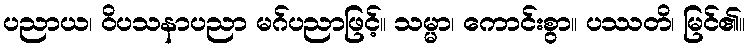
ပညာယ၊ ဝိပသနာပညာ မဂ်ပညာဖြင့်။ သမ္မာ၊ ကောင်းစွာ။ ပဿတိ၊ မြင်၏။